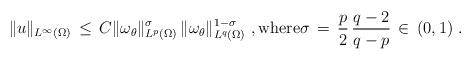
LaTeX: \begin{align*} \|u\|_{L^\infty(\Omega)} \,\le\, C \|\omega_\theta\|_{L^p(\Omega)}^\sigma \,\|\omega_\theta\|_{L^q(\Omega)}^{1-\sigma}~, \hbox{where} \sigma \,=\, \frac{p}{2}\,\frac{q-2}{q-p} \,\in\, (0,1)~.\end{align*}